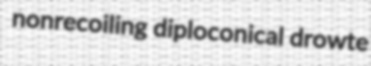
nonrecoiling diploconical drowte